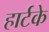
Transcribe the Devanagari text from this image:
हार्टके